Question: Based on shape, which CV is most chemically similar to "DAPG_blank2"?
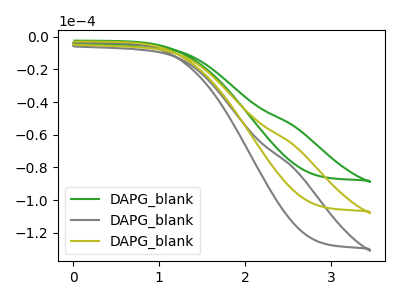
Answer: <think>The green curve "DAPG_blank1" has no peaks. The gray curve "DAPG_blank2" has no peaks. The olive curve "DAPG_blank3" has no peaks.
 Neither "DAPG_blank1" or "DAPG_blank2" have any peaks. Neither "DAPG_blank1" or "DAPG_blank3" have any peaks. Neither "DAPG_blank2" or "DAPG_blank3" have any peaks.</think>
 <answer>"DAPG_blank2" and "DAPG_blank3" have a similar shape to "DAPG_blank1".</answer>
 <eval>"DAPG_blank2" "DAPG_blank3"</eval>